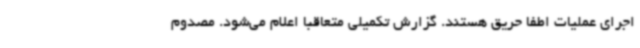
اجرای عملیات اطفا حریق هستند. گزارش تکمیلی متعاقبا اعلام می‌شود. مصدوم